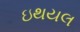
ઇથયલ